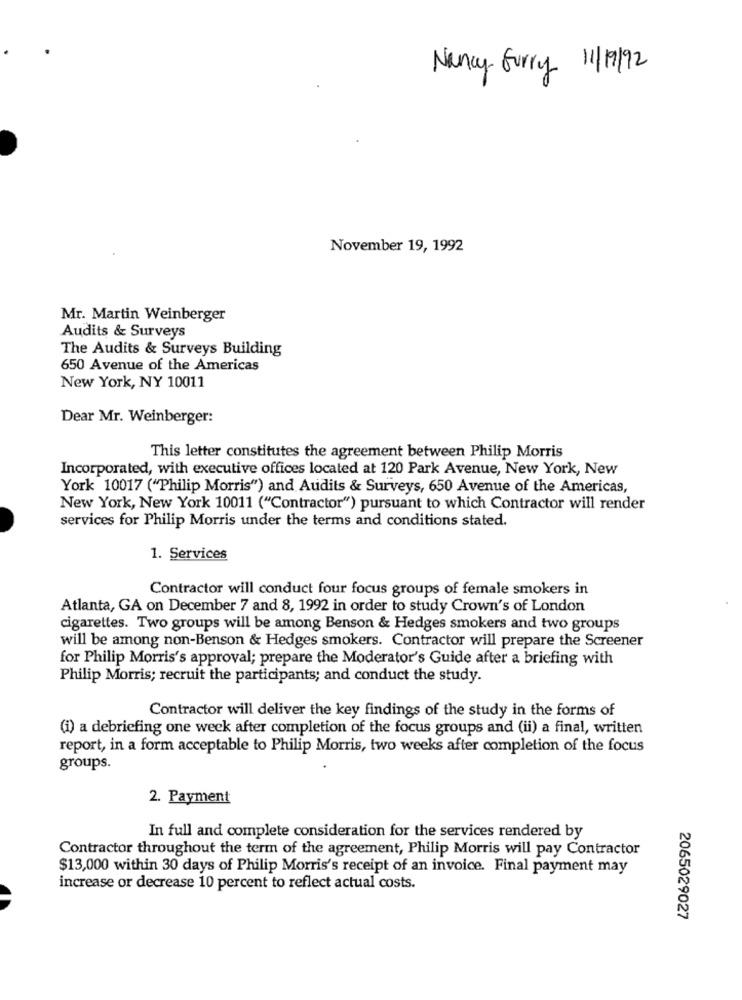
Nancy Furry 11/19/92
November 19, 1992
Mr. Martin Weinberger
Audits & Surveys
The Audits & Surveys Building
650 Avenue of the Americas
New York, NY 10011
Dear Mr. Weinberger:
This letter constitutes the agreement between Philip Morris
Incorporated, with executive offices located at 120 Park Avenue, New York, New
York 10017 ("Philip Morris") and Audits & Surveys, 650 Avenue of the Americas,
New York, New York 10011 ("Contractor") pursuant to which Contractor will render
services for Philip Morris under the terms and conditions stated.
1. Services
Contractor will conduct four focus groups of female smokers in
Atlanta, GA on December 7 and 8, 1992 in order to study Crown's of London
cigarettes. Two groups will be among Benson & Hedges smokers and two groups
will be among non-Benson & Hedges smokers. Contractor will prepare the Screener
for Philip Morris's approval; prepare the Moderator's Guide after a briefing with
Philip Morris; recruit the participants; and conduct the study.
Contractor will deliver the key findings of the study in the forms of
(i) a debriefing one week after completion of the focus groups and (ii) a final, written
report, in a form acceptable to Philip Morris, two weeks after completion of the focus
groups.
2. Payment
In full and complete consideration for the services rendered by
Contractor throughout the term of the agreement, Philip Morris will pay Contractor
$13,000 within 30 days of Philip Morris's receipt of an invoice. Final payment may
increase or decrease 10 percent to reflect actual costs.
2065029027